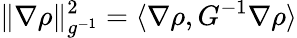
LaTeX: \| \nabla\rho\| _{g^{-1}}^{2}=\langle\nabla\rho,G^{-1}\nabla\rho\rangle